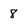
Character: 8